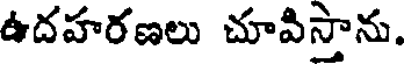
ఉదహరణలు చూవిస్తాను.